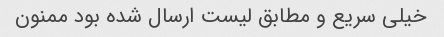
خیلی سریع و مطابق لیست ارسال شده بود ممنون